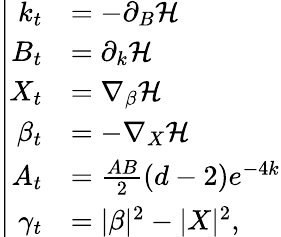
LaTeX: \left|\begin{array}{rl}{k_{t}}&{=-\partial_{B}\mathcal{H}}\\ {B_{t}}&{=\partial_{k}\mathcal{H}}\\ {X_{t}}&{=\nabla_{\beta}\mathcal{H}}\\ {\beta_{t}}&{=-\nabla_{X}\mathcal{H}}\\ {A_{t}}&{=\frac{AB}{2}(d-2)e^{-4k}}\\ {\gamma_{t}}&{=|\beta|^{2}-|X|^{2},}\end{array}\right.